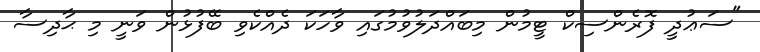
"ސަޢުދީ ފޮރެންސިކް ޓީމުން މިބައްދަލުވުމުގައި ވާހަކަ ދެއްކެވި ބޭފުޅުން ވަނީ މި ޙާދިސާ